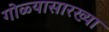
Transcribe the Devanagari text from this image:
गोळ्यासारख्या